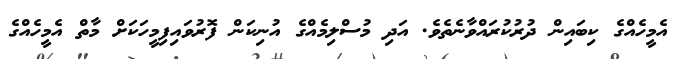
އެމީހެއްގެ ކިބައިން ދުރުކުރައްވާނެތެވެ. އަދި މުސްލިމެއްގެ އުނިކަން ފޮރުވައިފިމީހަކަށް މާތް އެމީހެއްގެ